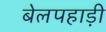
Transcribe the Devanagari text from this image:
बेलपहाड़ी